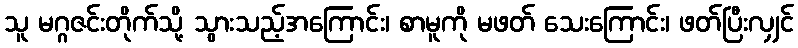
သူ မဂ္ဂဇင်းတိုက်သို့ သွားသည့်အကြောင်း၊ စာမူကို မဖတ် သေးကြောင်း၊ ဖတ်ပြီးလျှင်